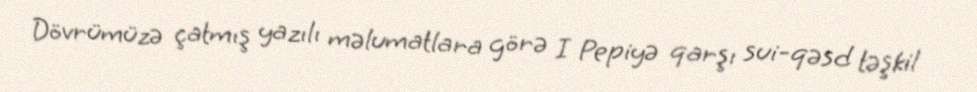
Dövrümüzə çatmış yazılı məlumatlara görə I Pepiyə qarşı sui-qəsd təşkil